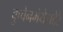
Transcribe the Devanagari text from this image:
कुचेनमेयेसटेरे